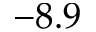
- 8 . 9